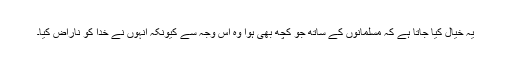
یہ خیال کیا جاتا ہے کہ مسلمانوں کے ساتھ جو کچھ بھی ہوا وہ اس وجہ سے کیونکہ انہوں نے خدا کو ناراض کیا۔